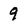
Character: 9